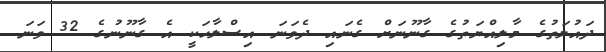
ދައުލަތުގެ މާލިއްޔަތުގެ ގާނޫނަށް ގެނައި ދެވަނަ އިސްލާހަކީ އެ ގާނޫނުގެ 32 ވަނަ